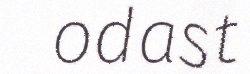
odast